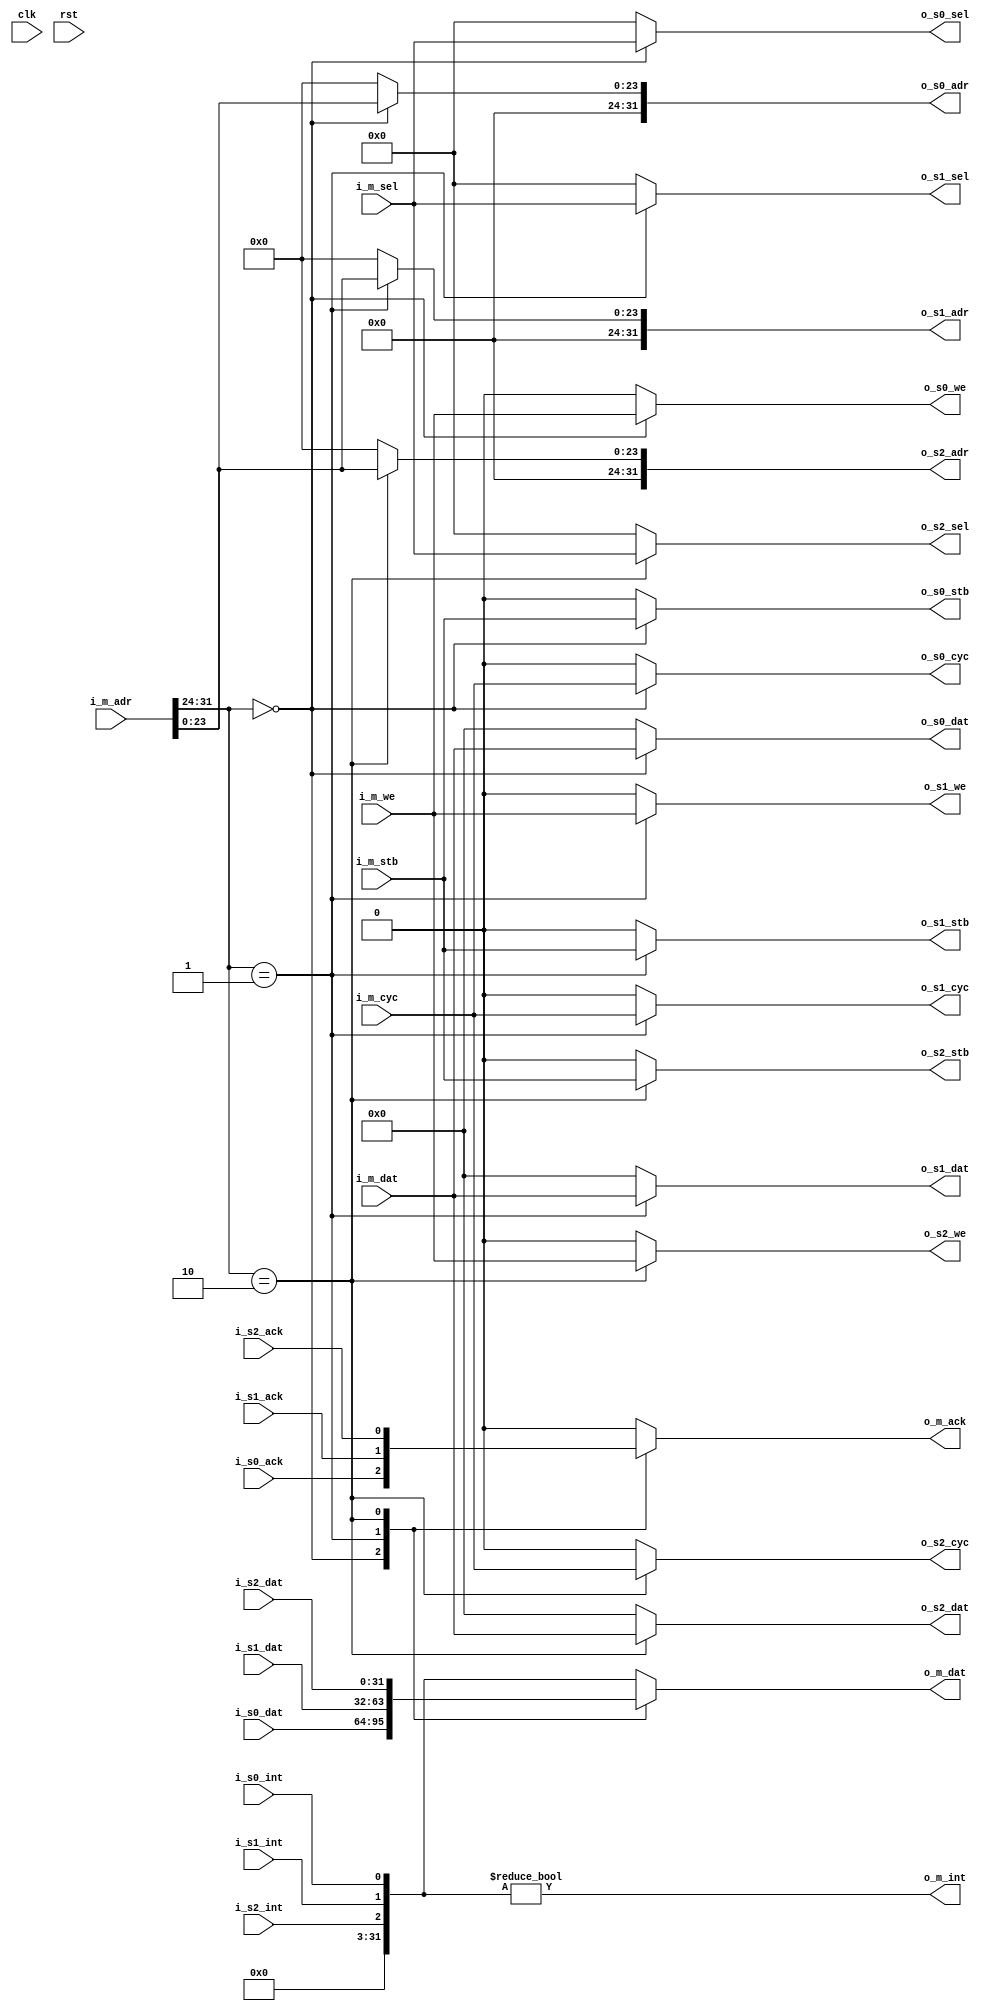
// This program was cloned from: https://github.com/CospanDesign/nysa-verilog
// License: MIT License

//wishbone_interconnect.v
/*
Distributed under the MIT licesnse.
Copyright (c) 2011 Dave McCoy (dave.mccoy@cospandesign.com)

Permission is hereby granted, free of charge, to any person obtaining a copy of
this software and associated documentation files (the "Software"), to deal in
the Software without restriction, including without limitation the rights to
use, copy, modify, merge, publish, distribute, sublicense, and/or sell copies
of the Software, and to permit persons to whom the Software is furnished to do
so, subject to the following conditions:

The above copyright notice and this permission notice shall be included in all
copies or substantial portions of the Software.

THE SOFTWARE IS PROVIDED "AS IS", WITHOUT WARRANTY OF ANY KIND, EXPRESS OR
IMPLIED, INCLUDING BUT NOT LIMITED TO THE WARRANTIES OF MERCHANTABILITY,
FITNESS FOR A PARTICULAR PURPOSE AND NONINFRINGEMENT. IN NO EVENT SHALL THE
AUTHORS OR COPYRIGHT HOLDERS BE LIABLE FOR ANY CLAIM, DAMAGES OR OTHER
LIABILITY, WHETHER IN AN ACTION OF CONTRACT, TORT OR OTHERWISE, ARISING FROM,
OUT OF OR IN CONNECTION WITH THE SOFTWARE OR THE USE OR OTHER DEALINGS IN THE
SOFTWARE.
*/


/*
    Thanks Rudolf Usselmann yours was a better implementation than mine

    Copyright (C) 2000-2002
    Rudolf Usselmann
    www.asics.ws
    rudi@asics.ws
*/
`timescale 1 ns/1 ps

module wishbone_interconnect (

  //control signals
  input               clk,
  input               rst,

  //wishbone master signals
  input               i_m_we,
  input               i_m_stb,
  input               i_m_cyc,
  input       [3:0]   i_m_sel,
  input       [31:0]  i_m_adr,
  input       [31:0]  i_m_dat,
  output reg  [31:0]  o_m_dat,
  output reg          o_m_ack,
  output              o_m_int,

  //Slave 0
  output              o_s0_we,
  output              o_s0_cyc,
  output              o_s0_stb,
  output    [3:0]     o_s0_sel,
  input               i_s0_ack,
  output    [31:0]    o_s0_dat,
  input     [31:0]    i_s0_dat,
  output    [31:0]    o_s0_adr,
  input               i_s0_int,

  //Slave 1
  output              o_s1_we,
  output              o_s1_cyc,
  output              o_s1_stb,
  output    [3:0]     o_s1_sel,
  input               i_s1_ack,
  output    [31:0]    o_s1_dat,
  input     [31:0]    i_s1_dat,
  output    [31:0]    o_s1_adr,
  input               i_s1_int,

  //Slave 2
  output              o_s2_we,
  output              o_s2_cyc,
  output              o_s2_stb,
  output    [3:0]     o_s2_sel,
  input               i_s2_ack,
  output    [31:0]    o_s2_dat,
  input     [31:0]    i_s2_dat,
  output    [31:0]    o_s2_adr,
  input               i_s2_int


);


parameter ADDR_0 = 0;
parameter ADDR_1 = 1;
parameter ADDR_2 = 2;


parameter ADDR_FF = 8'hFF;

//state

//wishbone slave signals

//this should be parameterized
wire [7:0]slave_select;
wire [31:0] interrupts;

assign slave_select =   i_m_adr[31:24];

//data in from slave
always @ (slave_select or i_s0_dat or i_s1_dat or i_s2_dat or interrupts) begin
  case (slave_select)
    ADDR_0: begin
      o_m_dat <= i_s0_dat;
    end
    ADDR_1: begin
      o_m_dat <= i_s1_dat;
    end
    ADDR_2: begin
      o_m_dat <= i_s2_dat;
    end
    default: begin
      o_m_dat <= interrupts;
    end
  endcase
end



//ack in from slave

always @ (slave_select or i_s0_ack or i_s1_ack or i_s2_ack) begin
  case (slave_select)
    ADDR_0: begin
      o_m_ack <= i_s0_ack;
    end
    ADDR_1: begin
      o_m_ack <= i_s1_ack;
    end
    ADDR_2: begin
      o_m_ack <= i_s2_ack;
    end
    default: begin
      o_m_ack <= 1'h0;
    end
  endcase
end



//int in from slave
assign interrupts[0]    = i_s0_int;
assign interrupts[1]    = i_s1_int;
assign interrupts[2]    = i_s2_int;
assign interrupts[31:3]   = 0;


assign o_m_int  =   (interrupts != 0);

assign o_s0_we   =  (slave_select == ADDR_0) ? i_m_we: 1'b0;
assign o_s0_stb  =  (slave_select == ADDR_0) ? i_m_stb: 1'b0;
assign o_s0_sel  =  (slave_select == ADDR_0) ? i_m_sel: 4'h0;
assign o_s0_cyc  =  (slave_select == ADDR_0) ? i_m_cyc: 1'b0;
assign o_s0_adr  =  (slave_select == ADDR_0) ? {8'h0, i_m_adr[23:0]}: 32'h0;
assign o_s0_dat  =  (slave_select == ADDR_0) ? i_m_dat: 32'h0;

assign o_s1_we   =  (slave_select == ADDR_1) ? i_m_we: 1'b0;
assign o_s1_stb  =  (slave_select == ADDR_1) ? i_m_stb: 1'b0;
assign o_s1_sel  =  (slave_select == ADDR_1) ? i_m_sel: 4'h0;
assign o_s1_cyc  =  (slave_select == ADDR_1) ? i_m_cyc: 1'b0;
assign o_s1_adr  =  (slave_select == ADDR_1) ? {8'h0, i_m_adr[23:0]}: 32'h0;
assign o_s1_dat  =  (slave_select == ADDR_1) ? i_m_dat: 32'h0;

assign o_s2_we   =  (slave_select == ADDR_2) ? i_m_we: 1'b0;
assign o_s2_stb  =  (slave_select == ADDR_2) ? i_m_stb: 1'b0;
assign o_s2_sel  =  (slave_select == ADDR_2) ? i_m_sel: 4'h0;
assign o_s2_cyc  =  (slave_select == ADDR_2) ? i_m_cyc: 1'b0;
assign o_s2_adr  =  (slave_select == ADDR_2) ? {8'h0, i_m_adr[23:0]}: 32'h0;
assign o_s2_dat  =  (slave_select == ADDR_2) ? i_m_dat: 32'h0;



endmodule